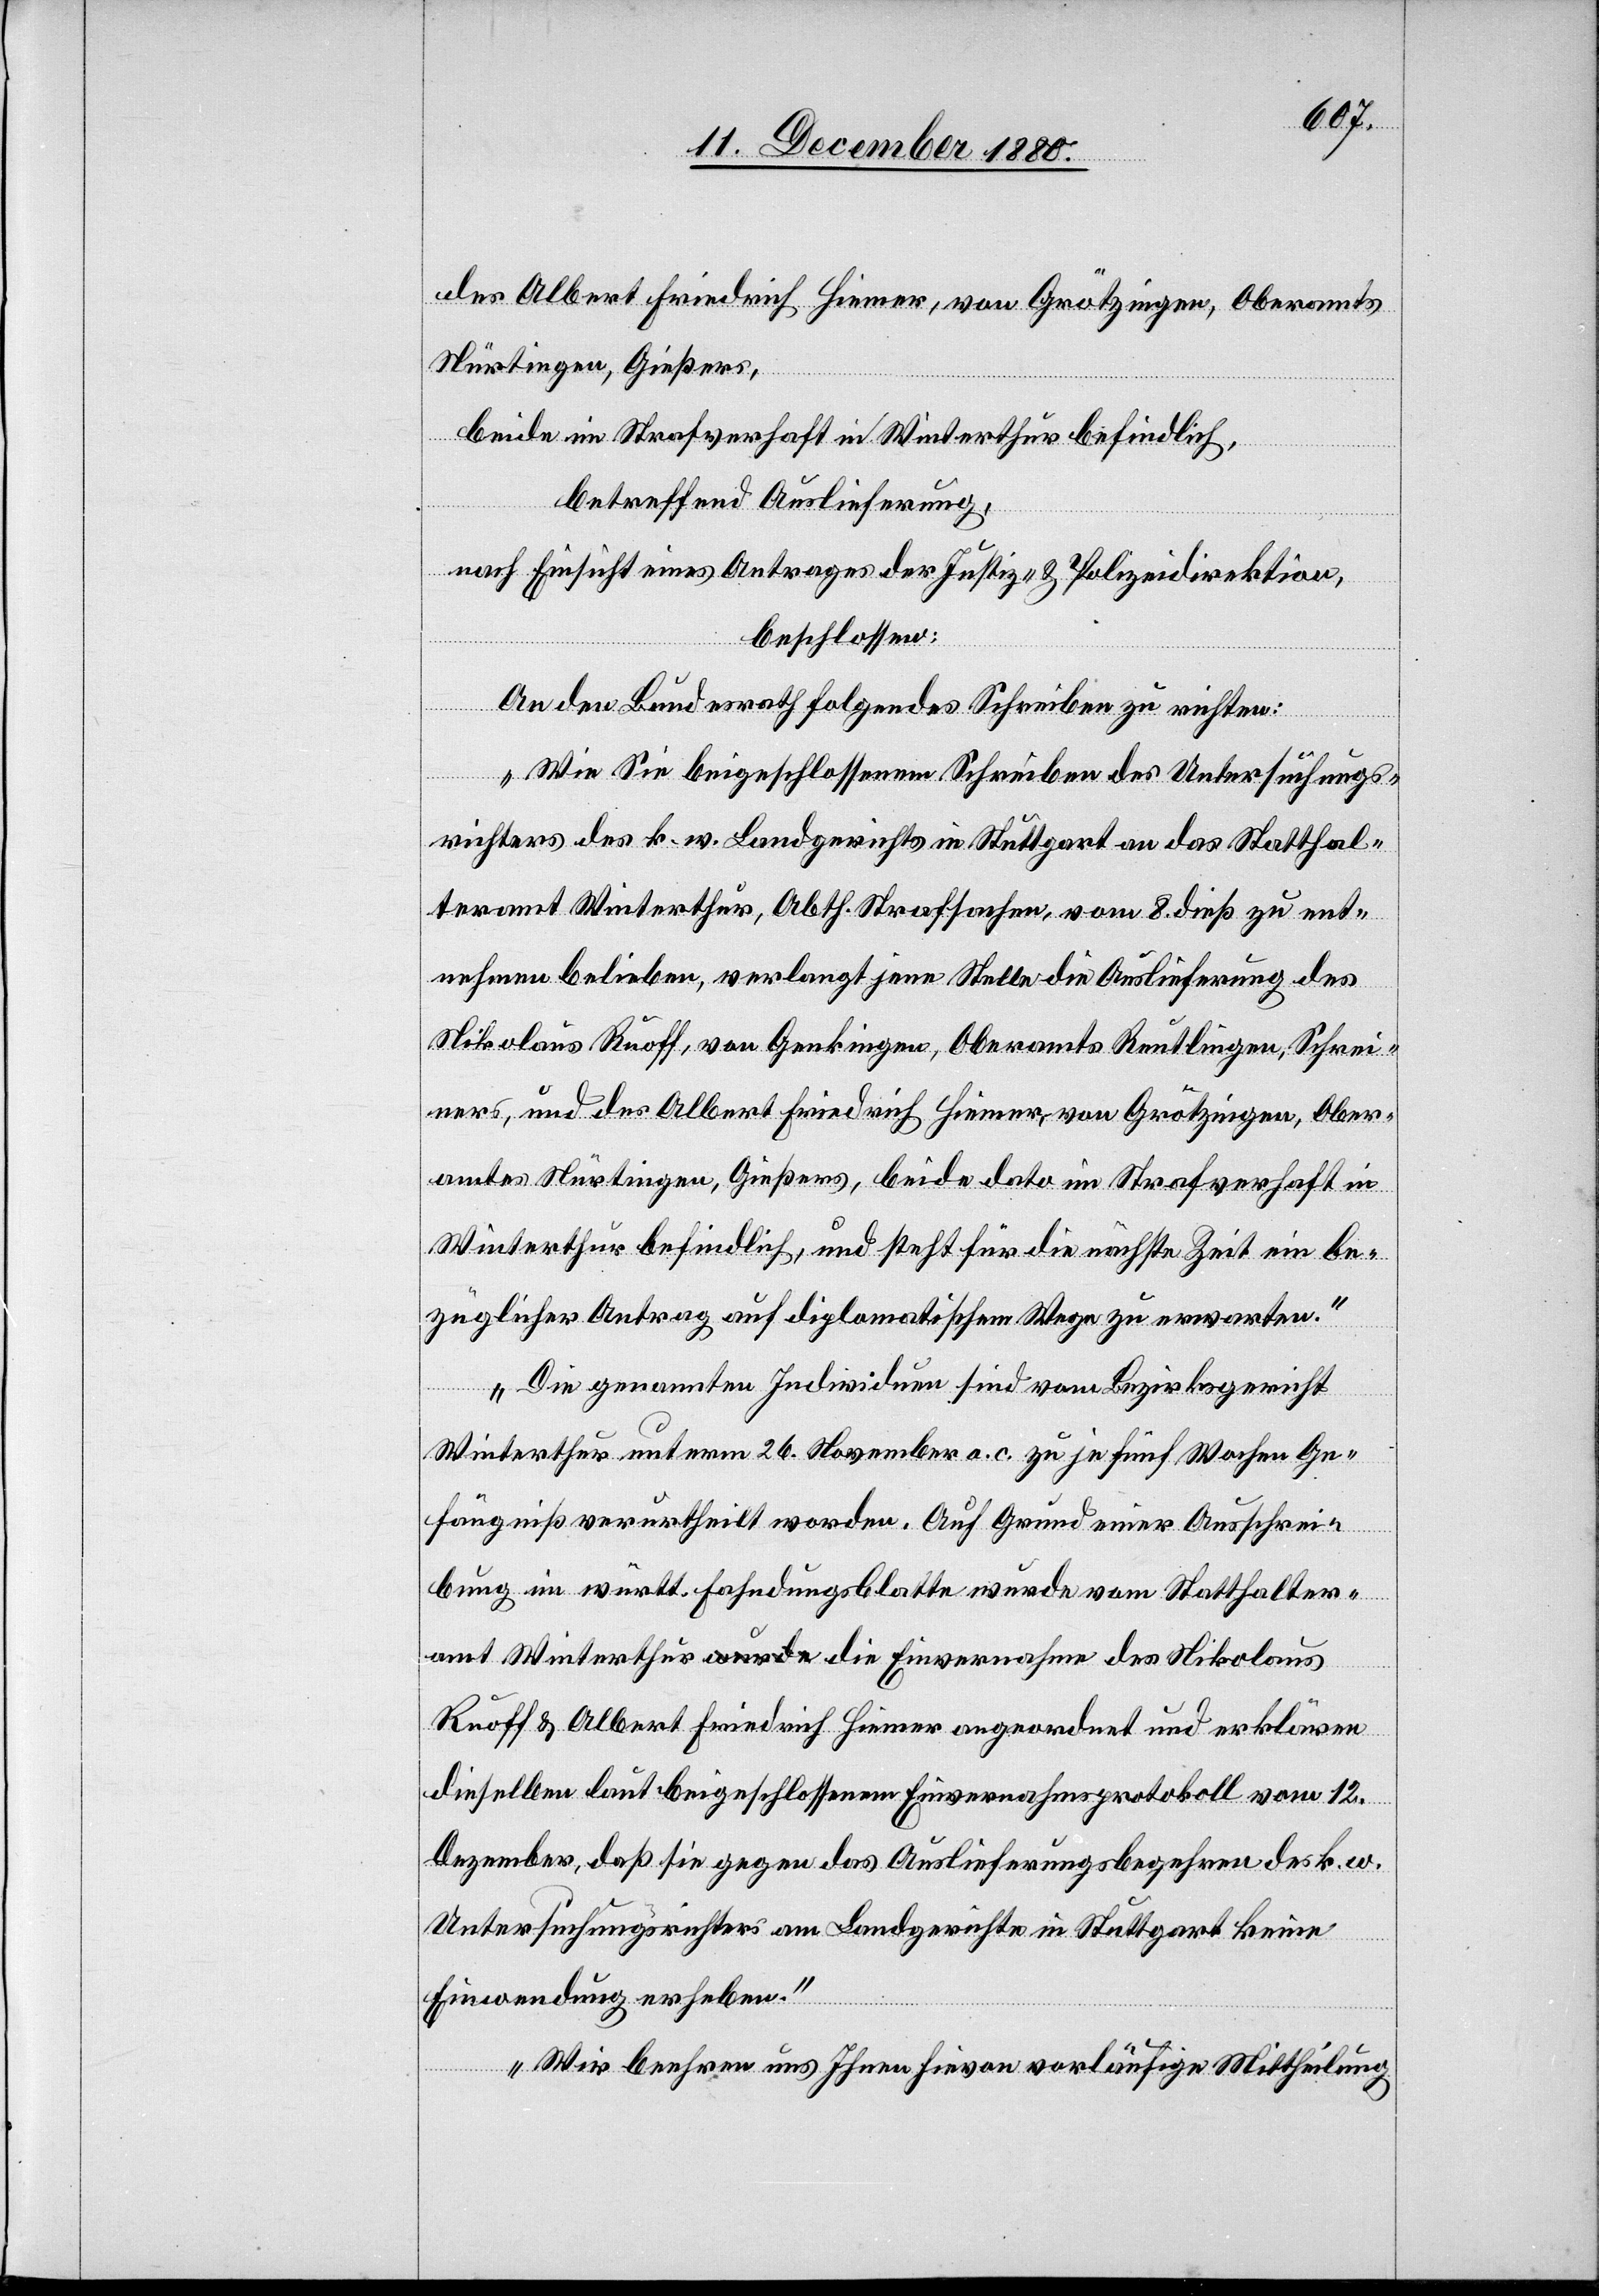
des Albert Friedrich Hiemer, von Grötzingen, Oberamtes
Nürtingen, Gießers,
beide im Strafverhaft in Winterthur befindlich,
betreffend Auslieferung,
nach Einsicht eines Antrages der Justiz- & Polizeidirektion,
beschlossen.
An den Bundesrath folgendes Schreiben zu richten:
„Wie Sie beigeschlossenem Schreiben des Untersuchungs¬
richters des k. w. Landgerichtes in Stuttgart an das Statthal¬
teramt Winterthur, Abth. Strafsachen, vom 8. dieß zu ent¬
nehmen belieben, verlangt jene Stelle die Auslieferung des
Nikolaus Ruoff, von Genkingen, Oberamts Reutlingen, Schrei¬
ners, und des Albert Friedrich Hiemer, von Grötzingen, Ober¬
amtes Nürtingen, Gießers, beide dato im Strafverhaft in
Winterthur befindlich, und steht für die nächste Zeit ein be¬
züglicher Antrag auf diplomatischem Wege zu erwarten.
Die genannten Individuen sind vom Bezirksgericht
Winterthur unterm 26. November a. c. zu je fünf Wochen Ge¬
fängniß verurtheilt worden. Auf Grund einer Ausschrei¬
bung im württ. Fahndungsblatte wurde vom Statthalter¬
amt Winterthur die Einvernahme des Nikolaus
Ruoff & Albert Friedrich Hiemer angeordnet und erklären
dieselben laut beigeschlossenem Einvernahmsprotokoll vom 12.
Dezember, daß sie gegen das Auslieferungsbegehren des k. w.
Untersuchungsrichters am Landgerichte in Stuttgart keine
Einwendung erheben.
Wir beehren uns Ihnen hievon vorläufige Mittheilung